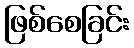
ဖြစ်စေခြင်း